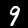
Label: 9